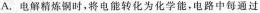
A.电解精炼铜时，将电能转化为化学能，电路中每通过